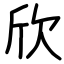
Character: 欣